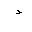
Letter: _dal